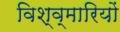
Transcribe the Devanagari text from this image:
विश्व्मारियों